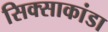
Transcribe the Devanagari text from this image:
सिक्साकांडा